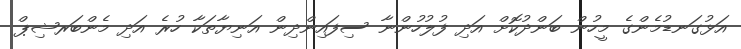
އަޅުގަނޑުމެންގެ މީހުން ބަންދުކޮށް އަދި ފުލުހުންނާ ސިފައިންދިން އަނިޔާތަކާ ހުރެ އަދި މެންބަރޝިޕް